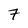
Character: 7